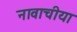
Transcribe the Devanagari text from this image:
नावाचीया